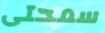
سمحتى